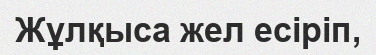
Жұлқыса жел есіріп,